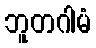
ဘူတဂါမံ